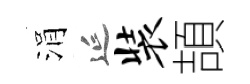
涓延装頡